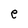
Character: e